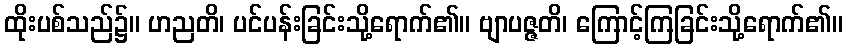
ထိုးပစ်သည်၌။ ဟညတိ၊ ပင်ပန်းခြင်းသို့ရောက်၏။ ဗျာပဇ္ဇတိ၊ ကြောင့်ကြခြင်းသို့ရောက်၏။